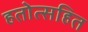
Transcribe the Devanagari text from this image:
हतोत्सहित